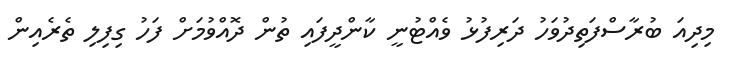
މިދިއަ ބުރާސްފަތިދުވަހު ދަރިފުޅު ވެއްޓުނީ ކާންދީފައި ތުން ދޮއްވުމަށް ފަހު ގިފިލި ތެރެއިން